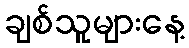
ချစ်သူများနေ့